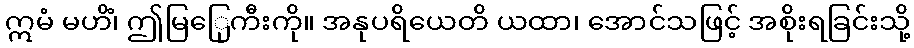
ဣမံ မဟိံ၊ ဤမြြေုကီးကို။ အနုပရိယေတိ ယထာ၊ အောင်သဖြင့် အစိုးရခြင်းသို့